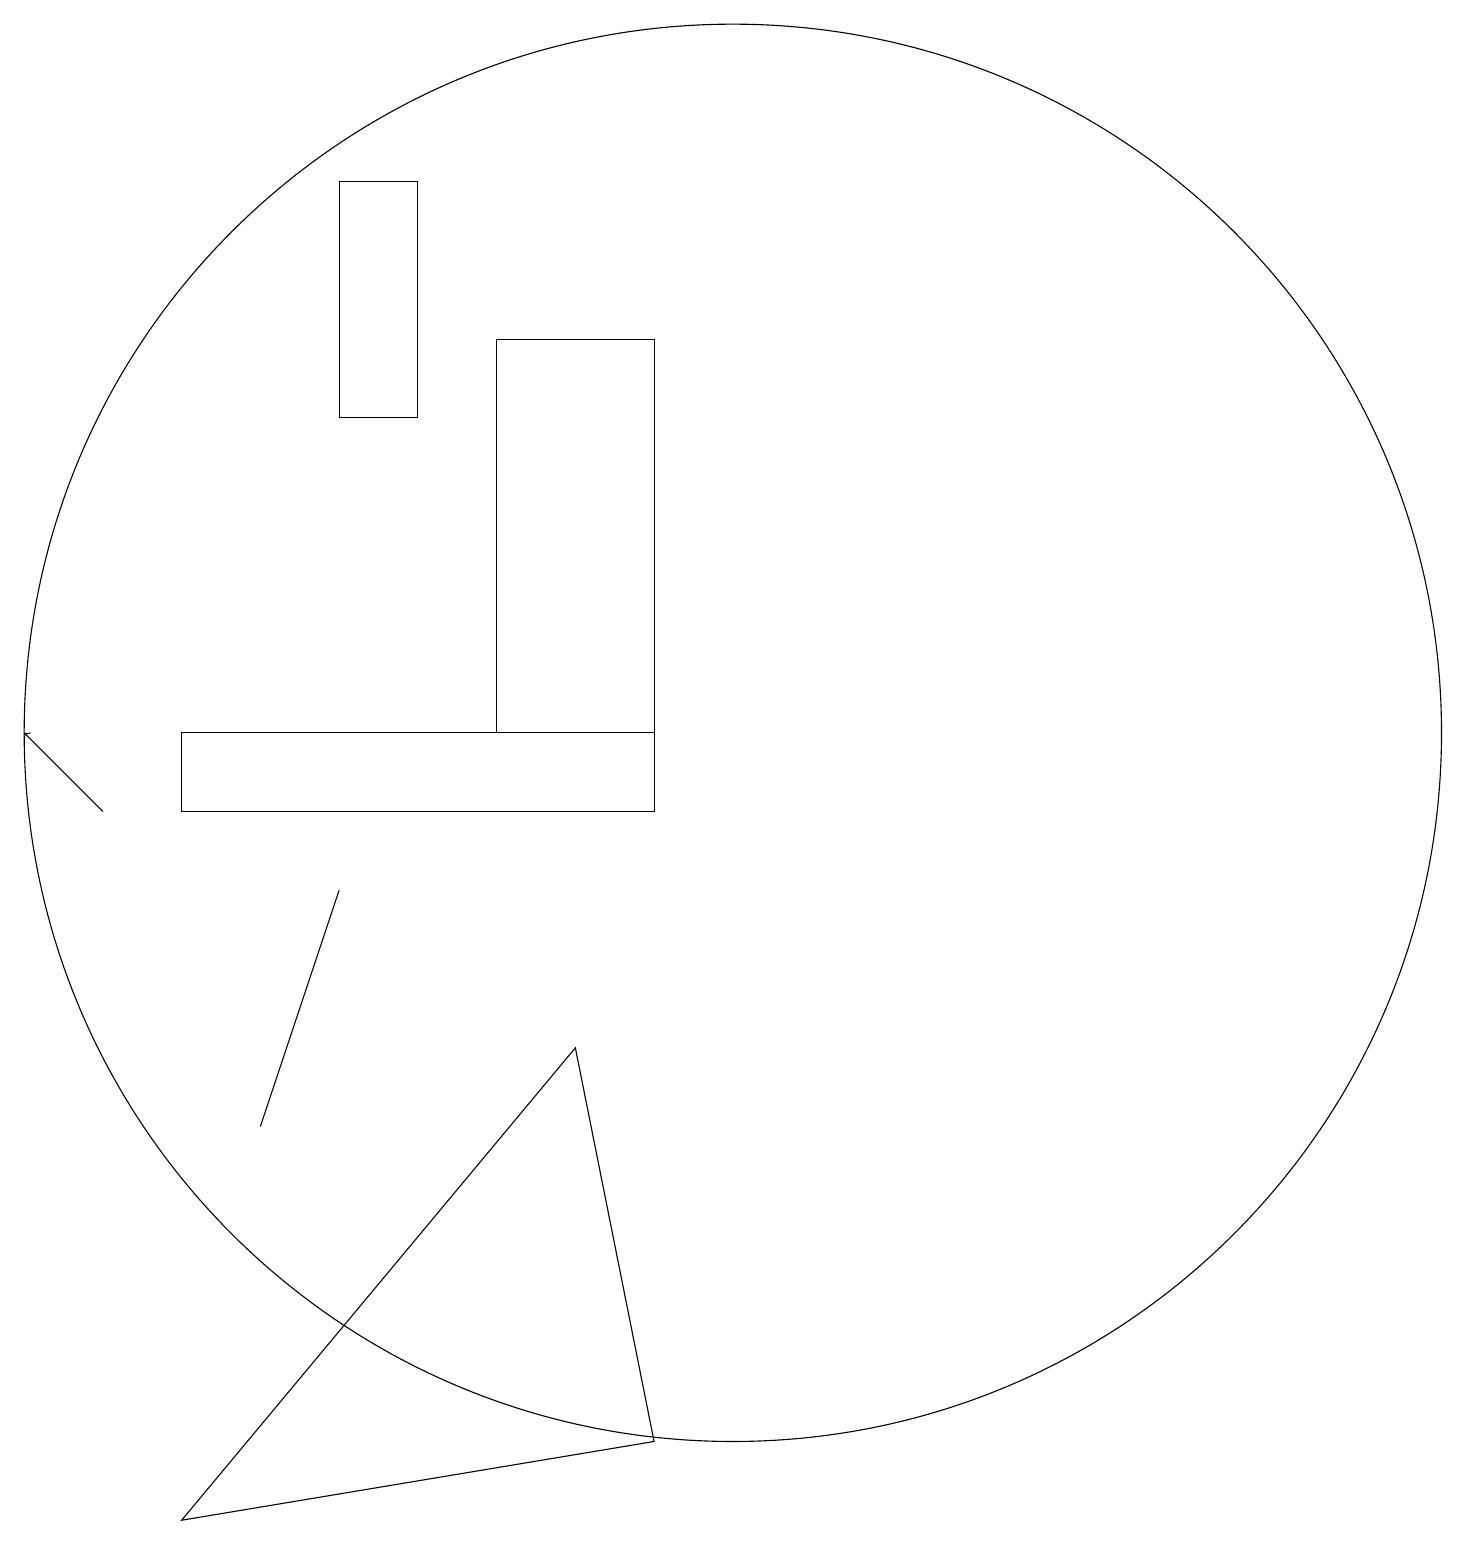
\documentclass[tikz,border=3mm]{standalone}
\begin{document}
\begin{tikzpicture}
\draw (10,11) circle (9);
\draw (9,11) rectangle (7,16);
\draw (5,15) rectangle (6,18);
\draw[->] (2,10) -- (1,11);
\draw (9,11) rectangle (3,10);
\draw (3,1) -- (8,7) -- (9,2) -- cycle;
\draw (4,6) -- (4,6) -- (5,9) -- cycle;
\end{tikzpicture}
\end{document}